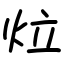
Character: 𤇥